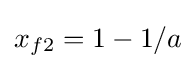
x_{f2}=1-1/a